Memorandum on the prevention of leprosy by segregation of the affected
Disease focus: Leprosy
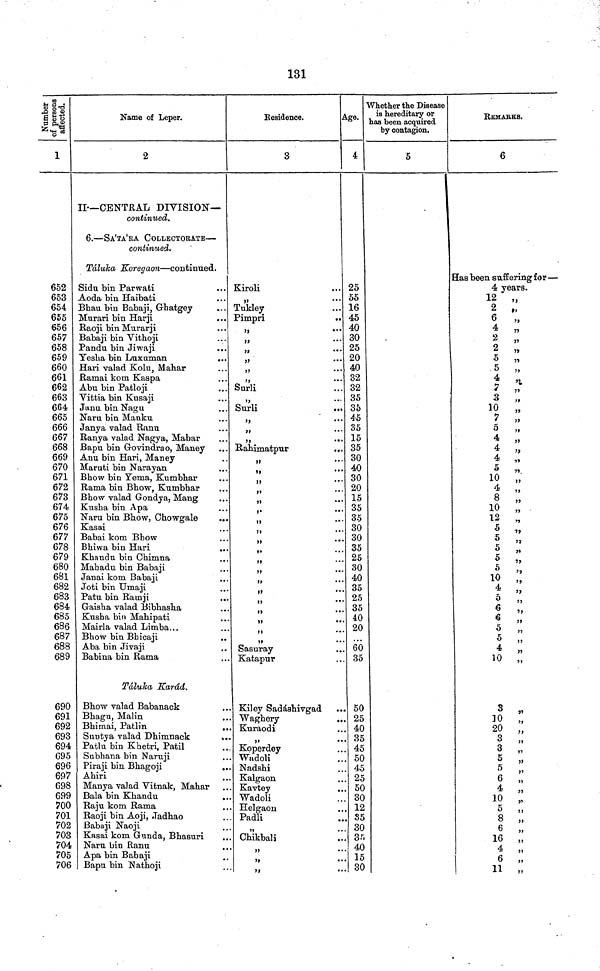
131
Number of persons affected.
1
652
653
654
655
656
657
658
659
660
661
662
663
664
665
666
667
668
669
670
671
672
673
674
675
676
677
678
679
680
681
682
683
684
685
686
687
688
689
690
691
692
693
694
695
696
697
698
699
700
701
702
703
704
705
706
Name of Leper.
2
II.—CENTRAL DIVISION—
continued.
6.—SA'TA'RA COLLECTOTRATE—
continued.
Táluka Koregaon—continued.
Sidu bin Parwati
Aoda bin Haibati
Bhau bin Babaji, Ghatgey
Murari bin Harji
Raoji bin Murarji
Babaji bin Vithoji
Pandu bin Jiwaji
Yesha bin Luxuman
Hari valad Kolu, Mahar
Ramai kom Kaspa
Abu bin Patloji
Vittia bin Kusaji
Janu bin Nagu
Naru bin Manku
Janya valad Ranu
Ranya valad Nagya, Mahar
Bapu bin Govindrao, Maney
Anu bin Hari, Maney
Maruti bin Narayan
Bhow bin Yema, Kumbhar
Rama bin Bhow, Kumbhar
Bhow valad Gondya, Mang
Kusha bin Apa
Naru bin Bhow, Chowgale
Kasai
Babai kom Bhow
Bhiwa bin Hari
Khandu bin Chimna
Mahadu bin Babaji
Janai kom Babaji
Joti bin Umaji
Patu bin Ramji
...
Gaisha valad Bibhasha
Kusha bin Mahipati
Mairla valad Limba...
Bhow bin Bhicaji
Aba bin Jivaji
Babina bin Rama
Táluka Karád.
Bhow valad Babanack
.,
Bhagu, Malin
Bhimai, Patlin
,.
Suntya valad Dhimnack
..
Patlu bin Khetri, Patil
Subhana bin Naruji
Piraji bin Bhagoji
Ahiri
Manya valad Vitnak, Mahar
Bala bin Khandu
..
Raju kom Rama
Raoji bin Aoji, Jadhao
Babaji Naoji
Kasai kom Gunda, Bhasuri
Naru bin Ranu
,,
Apa bin Babaji
Bapu bin Nathoji
Residence.
3
Kiroli
,,
Tukley
Pimpri
..
,,
•••
,,
...
,,
•••
,,
..
Surli
,,
••
Surli
,,
9}
* •
,,
••
Rahimatpur
.
,,
,,
••
,,
,,
••
,,
• •
,,
••
ft
• •
,,
,,
• •
,,
•*
,,
••
,,
••
,,
• *
Sasurav
Katapur
Kiley Sadáshivgad
Wagherv
Kuraodi
Koperdev
Wadoli
Nadshi
Kalgaon
Kavtev
Wadoli
Helgaon
Padli
Chikbali
..
,,
•
,,
• •
>»
••
Age.
4
25
55
16
45
40
30
25
20
40
32
32
35
35
45
35
15
35
30
40
30
20
15
35
35
30
30
35
25
30
40
35
25
35
40
20
60
35
50
25
40
35
45
50
45
25
50
30
12
35
30
35
40
15
30
Whether the Disease
is hereditary or
has been acquired
by contagion.
5
REMAKES.
6
Has been suffering for—
4 years.
12
„
2 „
6 „
4 „
2 „
2 „
5 „
5 ,,
4 „
7
,,
3 „
10 „
7 ,,
5 ,,
4 „
4 „
4 „
5 „
10 „
4 ,,
8 „
10 „
12 „
5 „
5
5
5 ,,
5
10
4
5
6
6
5
5 „ 4,
10 „
3 „
10
„
20
3
3
3
5 „
6 „
4
10
5 5 ,,
8 8 ,,
6 6 ,,
16 4
6
11